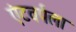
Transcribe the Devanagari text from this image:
एंटवर्पला